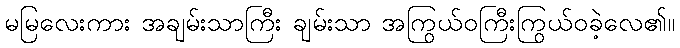
မမြလေးကား အချမ်းသာကြီး ချမ်းသာ အကြွယ်ဝကြီးကြွယ်ဝခဲ့လေ၏။